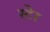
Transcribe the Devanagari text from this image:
स्टेर